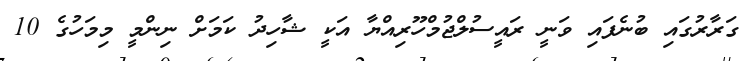
ގަރާރުގައި ބުނެފައި ވަނީ ރައީސުލްޖުމްހޫރިއްޔާ އަކީ ޝާހިދު ކަމަށް ނިންމީ މިމަހުގެ 10